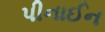
પીનાઈન